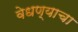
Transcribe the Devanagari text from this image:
वेधण्याचा